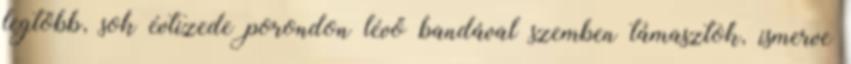
legtöbb, sok évtizede porondon lévő bandával szemben támasztok, ismerve